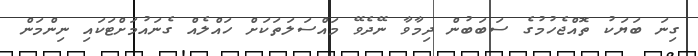
ގިނަ ބަޔަކު ތޮއްޖެހުމުގެ ސަބަބުން ދިމާވާ ނޭދެވޭ މައްސަލަތަކަށް ހައްލެއް ގެނައުމަށްޓަކައި ނިންމަން